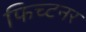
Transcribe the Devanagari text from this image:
फिच्टनर